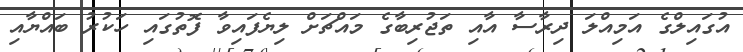
އުގައިލްގެ އަމިއްލަ ދިރާސާ އާއި ތަޖުރިބާގެ މައްޗަށް ލިޔެފައިވާ ފޮތުގައި ހަކުރު ބައްޔާއި